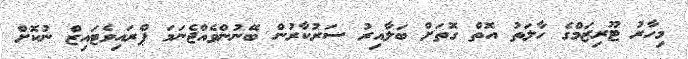
މިހާރު ޓޫރިޒަމްގެ ހާލަތު އޮތް ގޮތަށް ބަލާއިރު ސަރުކާރުން ބޭނުންވެއްޖެނަމަ ޕްރައިވެޓައިޒް ނުކޮށް